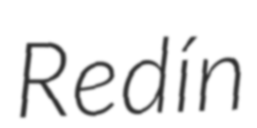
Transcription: Redín